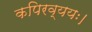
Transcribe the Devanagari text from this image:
कपिरव्ययः।